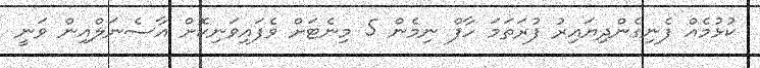
ކުޅުމެއް ފެނިގެންދިޔައިރު ފުރަތަމަ ހާފް ނިމެން 5 މިނެޓަށް ވެފައިވަނިކޮށް އާސެނަލްއިން ވަނީ